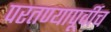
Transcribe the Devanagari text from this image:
परतण्यापूर्वीच